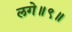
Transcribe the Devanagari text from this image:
लगे॥९॥